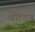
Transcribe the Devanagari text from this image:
वोल्टन